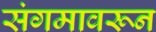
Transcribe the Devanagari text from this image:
संगमावरून